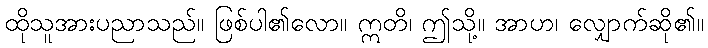
ထိုသူအားပညာသည်။ ဖြစ်ပါ၏လော။ ဣတိ၊ ဤသို့။ အာဟ၊ လျှောက်ဆို၏။